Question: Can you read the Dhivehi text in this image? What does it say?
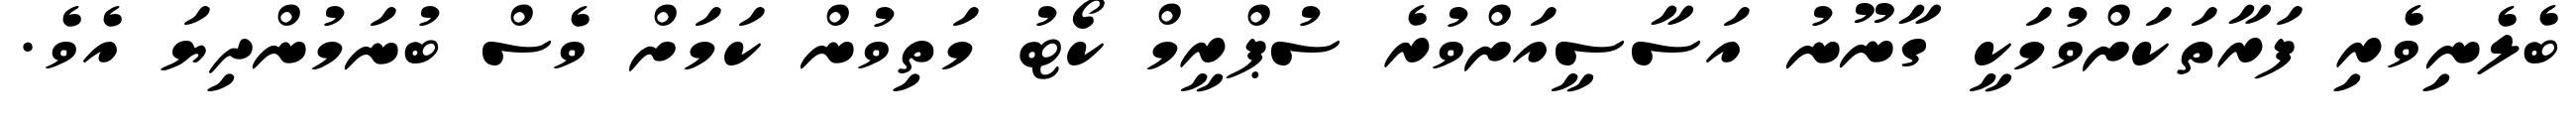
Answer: ބެލެނިވެރި ފަރާތަކަށްވުމަކީ ގާނޫނު އަސާސީއަށްވުރެ ސުޕްރީމް ކޯޓު މަތިވުން ކަމަށް ވެސް ބުނަމުންދިޔަ އެވެ.